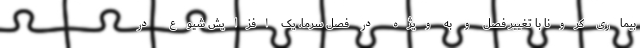
بیماری کرونا با تغییر فصل و به ویژه در فصل سرما، یک افزایش شیوع در